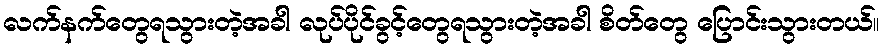
လက်နက်တွေရသွားတဲ့အခါ လုပ်ပိုင်ခွင့်တွေရသွားတဲ့အခါ စိတ်တွေ ပြောင်းသွားတယ်။